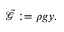
\begin{array} { r } { \bar { \mathscr { G } } : = \rho g y . } \end{array}